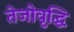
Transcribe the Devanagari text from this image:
तेजोवृद्धि